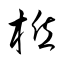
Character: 棔